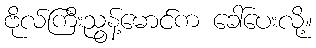
ဗိုလ်ကြီးညွန့်မောင်က ခေါ်ပေးလို့။